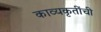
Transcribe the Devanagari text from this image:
काव्यकृतींची